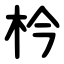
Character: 枔